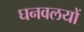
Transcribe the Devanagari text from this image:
घनवलयों